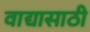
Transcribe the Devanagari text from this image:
वाद्यासाठी